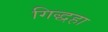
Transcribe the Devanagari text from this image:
गिद्धहा